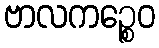
ဗာလကဉ္စေဝ